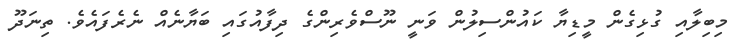
މިބިލާއި ގުޅިގެން މީޑިޔާ ކައުންސިލުން ވަނީ ނޫސްވެރިންގެ ދިފާއުގައި ބަޔާނެއް ނެރެފައެވެ. ތިނަދޫ